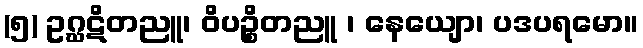
(၅) ဥဂ္ဃဋိတညူ၊ ဝိပဉ္စိတညူ ၊ နေယျော၊ ပဒပရမော။